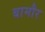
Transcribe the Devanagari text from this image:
बामौर